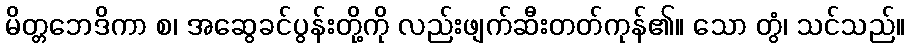
မိတ္တဘေဒိကာ စ၊ အဆွေခင်ပွန်းတို့ကို လည်းဖျက်ဆီးတတ်ကုန်၏။ သော တွံ၊ သင်သည်။